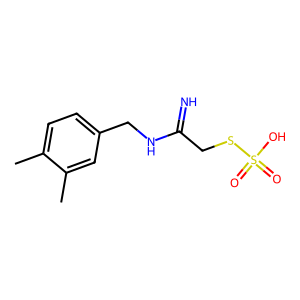
SMILES: Cc1ccc(CNC(=N)CSS(=O)(=O)O)cc1C
Inhibits HIV replication: No